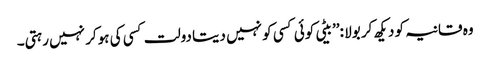
وہ قانیہ کو دیکھ کر بولا :’’بیٹی کوئی کسی کو نہیں دیتا دولت کسی کی ہوکر نہیں رہتی۔